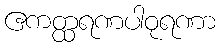
ဧကတ္ထရဏပါဝုရဏာ